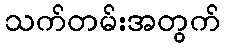
သက်တမ်းအတွက်